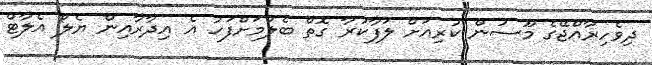
ދިވެހިރާއްޖޭގެ މޫސުން ކުރިއަށް ލަފާކުރާ ގޮތް ބެލުމަށްފަހު އެ އިދާރާއިން ޔެލޯ އެލާޓް